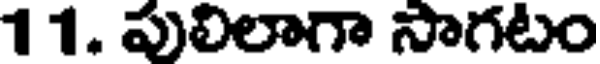
1 1. పులిలాగా సాగటం